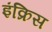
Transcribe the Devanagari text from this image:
इंक्रिस